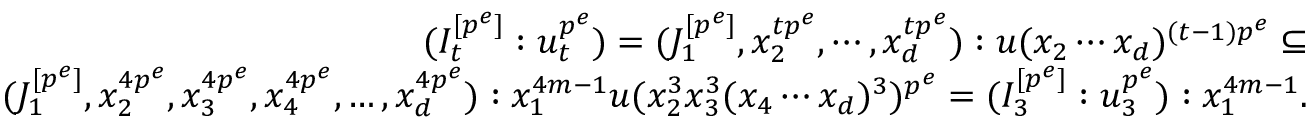
\begin{array} { r } { ( I _ { t } ^ { [ p ^ { e } ] } : u _ { t } ^ { p ^ { e } } ) = ( J _ { 1 } ^ { [ p ^ { e } ] } , x _ { 2 } ^ { t p ^ { e } } , \cdots , x _ { d } ^ { t p ^ { e } } ) : u ( x _ { 2 } \cdots x _ { d } ) ^ { ( t - 1 ) p ^ { e } } \subseteq } \\ { ( J _ { 1 } ^ { [ p ^ { e } ] } , x _ { 2 } ^ { 4 p ^ { e } } , x _ { 3 } ^ { 4 p ^ { e } } , x _ { 4 } ^ { 4 p ^ { e } } , \ldots , x _ { d } ^ { 4 p ^ { e } } ) : x _ { 1 } ^ { 4 m - 1 } u ( x _ { 2 } ^ { 3 } x _ { 3 } ^ { 3 } ( x _ { 4 } \cdots x _ { d } ) ^ { 3 } ) ^ { p ^ { e } } = ( I _ { 3 } ^ { [ p ^ { e } ] } : u _ { 3 } ^ { p ^ { e } } ) : x _ { 1 } ^ { 4 m - 1 } . } \end{array}